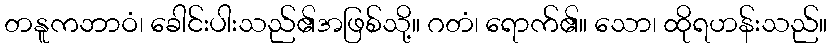
တနူကဘာဝံ၊ ခေါင်းပါးသည်၏အဖြစ်သို့။ ဂတံ၊ ရောက်၏။ သော၊ ထိုရဟန်းသည်။